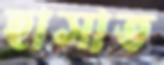
হাসাত